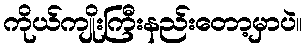
ကိုယ်ကျိုးကြီးနည်းတော့မှာပဲ။